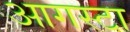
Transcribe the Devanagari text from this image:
आगस्टा